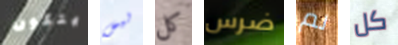
يتكون ليس كل ضرس لم كل